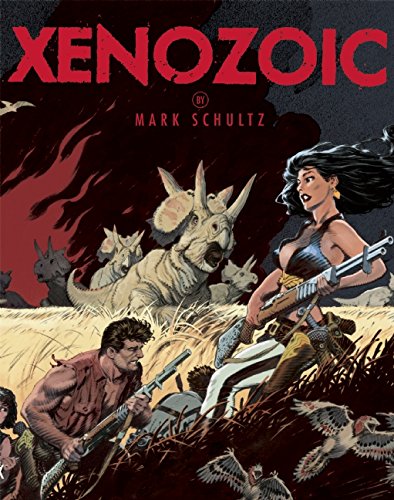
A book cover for Xenozoic; Mark Schultz; Comics & Graphic Novels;